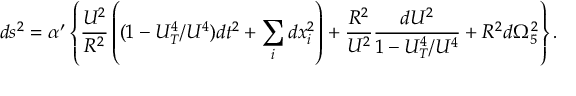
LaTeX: d s ^ { 2 } = \alpha ^ { \prime } \left\{ \frac { U ^ { 2 } } { R ^ { 2 } } \left( ( 1 - U _ { T } ^ { 4 } / U ^ { 4 } ) d t ^ { 2 } + \sum _ { i } d x _ { i } ^ { 2 } \right) + \frac { R ^ { 2 } } { U ^ { 2 } } \frac { d U ^ { 2 } } { 1 - U _ { T } ^ { 4 } / U ^ { 4 } } + R ^ { 2 } d \Omega _ { 5 } ^ { 2 } \right\} .